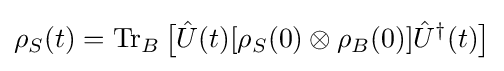
\rho _{S}(t)=\operatorname {Tr} _{B}{\big [}{\hat {U}}(t)[\rho _{S}(0)\otimes \rho _{B}(0)]{\hat {U}}^{\dagger }(t){\big ]}